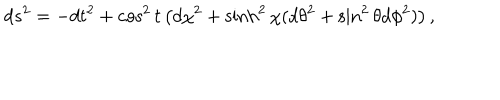
LaTeX: d s ^ { 2 } = - d t ^ { 2 } + \cos ^ { 2 } t \left( d \chi ^ { 2 } + \sinh ^ { 2 } \chi ( d \theta ^ { 2 } + \sin ^ { 2 } \theta d \phi ^ { 2 } ) \right) ,